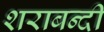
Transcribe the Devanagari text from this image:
शराबन्दी